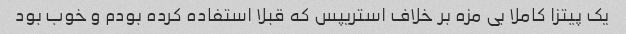
یک پیتزا کاملا بی مزه بر خلاف استریپس که قبلا استفاده کرده بودم و خوب بود